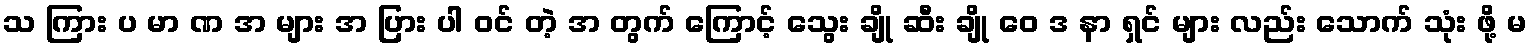
သ ကြား ပ မာ ဏ အ များ အ ပြား ပါ ဝင် တဲ့ အ တွက် ကြောင့် သွေး ချို ဆီး ချို ဝေ ဒ နာ ရှင် များ လည်း သောက် သုံး ဖို့ မ